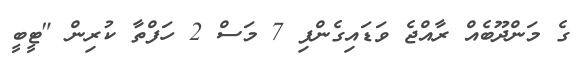
ގެ މަންދޫބެއް ރާއްޖެ ވަޑައިގެންފި 7 މަސް 2 ހަފްތާ ކުރިން "ޓީބީ